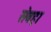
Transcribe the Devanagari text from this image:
सेबहा